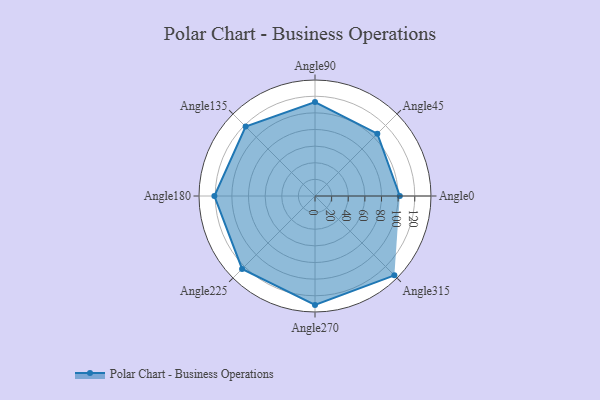
{"axis": {"x": "Angle", "y": "Radius"}, "legend": [""], "data": [{"x": "Angle0", "y": 102.0, "type": ""}, {"x": "Angle45", "y": 106.0, "type": ""}, {"x": "Angle90", "y": 113.0, "type": ""}, {"x": "Angle135", "y": 118.0, "type": ""}, {"x": "Angle180", "y": 121.0, "type": ""}, {"x": "Angle225", "y": 124.0, "type": ""}, {"x": "Angle270", "y": 131.0, "type": ""}, {"x": "Angle315", "y": 135.0, "type": ""}]}